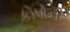
કોષોની